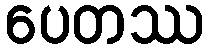
ပေတဿ